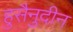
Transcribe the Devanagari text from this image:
हुसैनुदीन